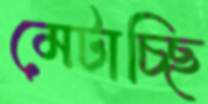
মেটাচ্ছি